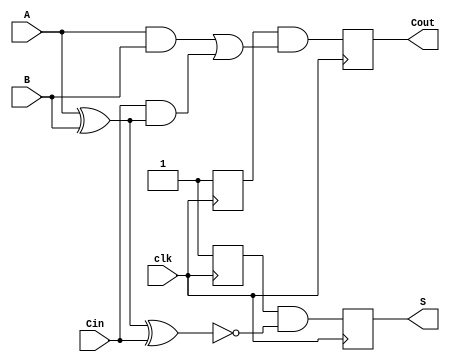
module dynamic_full_adder (
    input wire A,      // First input bit
    input wire B,      // Second input bit
    input wire Cin,    // Carry-in bit
    input wire clk,    // Clock signal
    output reg S,      // Sum output
    output reg Cout    // Carry-out output
);

    // Internal signals for precharge and evaluation
    reg precharge_S;
    reg precharge_Cout;

    always @(posedge clk) begin
        // Precharge phase
        precharge_S <= 1'b1;     // Precharge S to 1
        precharge_Cout <= 1'b1;  // Precharge Cout to 1
    end

    always @(negedge clk) begin
        // Evaluation phase
        // Calculate the sum output S
        S <= precharge_S & ~(A ^ B ^ Cin); // S = A  B  Cin
        // Calculate the carry-out output Cout
        Cout <= precharge_Cout & ((A & B) | (Cin & (A ^ B))); // Cout = (A  B) + (Cin  (A  B))
    end

endmodule